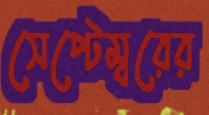
সেপ্টেম্বরের